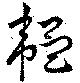
韞